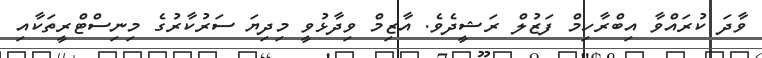
ވާދަ ކުރައްވާ އިބްރާހިމް ފަޒުލް ރަޝީދެވެ. އާޒިމް ވިދާޅުވީ މިދިޔަ ސަރުކާރުގެ މިނިސްޓްރީތަކާއި